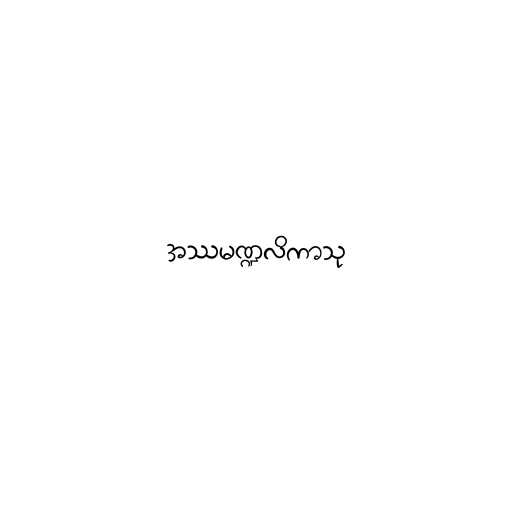
အဿမဏ္ဍလိကာသု